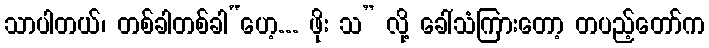
သာပါတယ်၊ တစ်ခါတစ်ခါ“ဟေ့... ဖိုး သ” လို့ ခေါ်သံကြားတော့ တပည့်တော်က